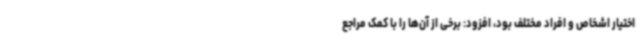
اختیار اشخاص و افراد مختلف بود، افزود: برخی از آن‌ها را با کمک مراجع